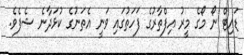
ޑައިޓް ނޯ މޯގެ މީރު އިފްތާރުގެ ފަަހަތުގައި ވަނީ އެތަނުގެ ކުޅަދާނެ ޝެފެވެ.